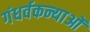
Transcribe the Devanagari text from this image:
गंधर्वकन्याओं